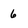
Character: 6